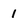
Character: 1